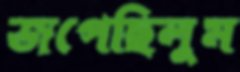
জপেছিলুম